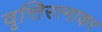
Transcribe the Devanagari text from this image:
वृत्तिरत्नाकर